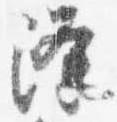
降